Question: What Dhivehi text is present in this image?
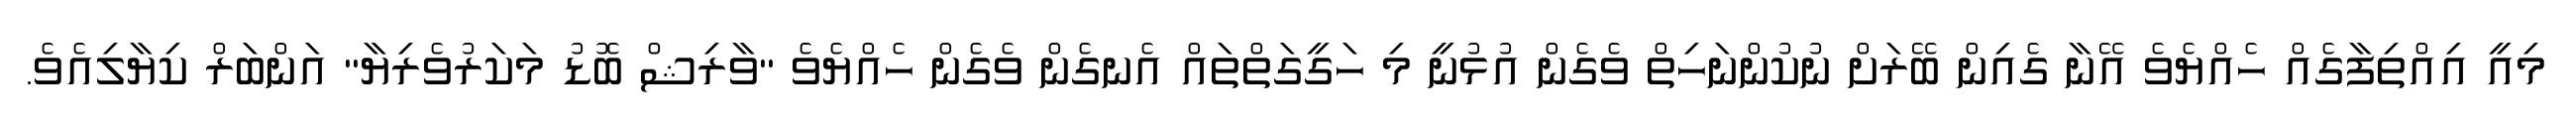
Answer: މިއީ އިއްތިފާގެއް ހެއްޔެވެ އޭނާ ގެއިން ބޭރަށް ނުކުންނަހިތް ވެގެން އުޅުނީ މި ހަގީގަތްތައް އެނގެން ވެގެން ހެއްޔެވެ "ވާރިޝް ބޮޑު މަކަރުވެރިޔާ" އަންބަރް ކިޔާލިއެވެ.